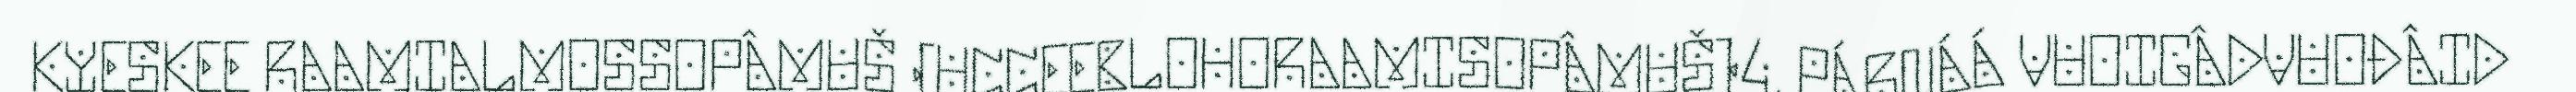
KYESKEE RAAMIALMOSSOPÂMUŠ (UCCEEBLOHORAAMISOPÂMUŠ)4, PÁRNÁÁ VUOIGÂDVUOĐÂID